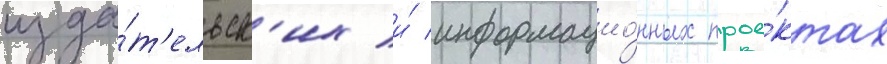
изда́т'ельск'их и́ информацио́нных прое́ктах